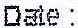
DATE :